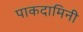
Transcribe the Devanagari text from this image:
पाकदामिनी